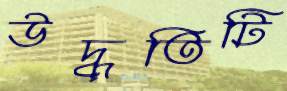
উদ্ধৃতিটি